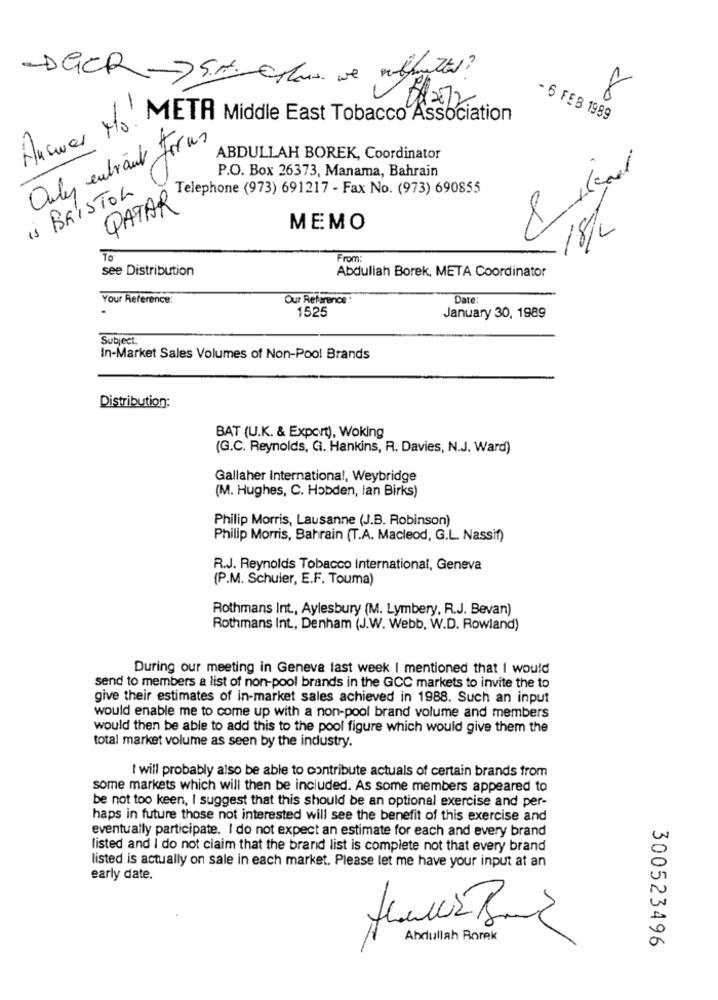
-DGCR ->5. plass we wilfutter?
082072.
8
- 6 FEB 1989
Answer Mo. META Middle East Tobacco Association
Only entrant forus
ABDULLAH BOREK, Coordinator
P.O. Box 26373, Manama, Bahrain
is BRISTOL
DATARephone (973) 691217 - Fax No. (973) 690855
MEMO
18/2
TO
From:
see Distribution
Abdullah Borek, META Coordinator
Your Reference:
Our Reference
Date
1525
January 30, 1989
Subject:
In-Market Sales Volumes of Non-Pool Brands
Distribution:
BAT (U.K. & Export), Woking
(G.C. Reynolds, G. Hankins, R. Davies, N.J. Ward)
Gallaher International, Weybridge
(M. Hughes, C. Hobden, lan Birks)
Philip Morris, Lausanne (J.B. Robinson)
Philip Morris, Bahrain (T.A. Macleod, G.L. Nassif)
R.J. Reynolds Tobacco International, Geneva
(P.M. Schuler, E.F. Touma)
Rothmans Int ., Aylesbury (M. Lymbery, R.J. Bevan)
Rothmans Int ., Denham (J.W. Webb, W.D. Rowland)
During our meeting in Geneva last week I mentioned that I would
send to members a list of non-pool brands in the GCC markets to invite the to
give their estimates of in-market sales achieved in 1988. Such an input
would enable me to come up with a non-pool brand volume and members
would then be able to add this to the pool figure which would give them the
total market volume as seen by the industry.
I will probably also be able to contribute actuals of certain brands trom
some markets which will then be included. As some members appeared to
be not too keen, I suggest that this should be an optional exercise and per-
haps in future those not interested will see the benefit of this exercise and
eventually participate. I do not expect an estimate for each and every brand
listed and I do not claim that the brand list is complete not that every brand
listed is actually on sale in each market. Please let me have your input at an
early date.
Abdullah Rorek
300523496